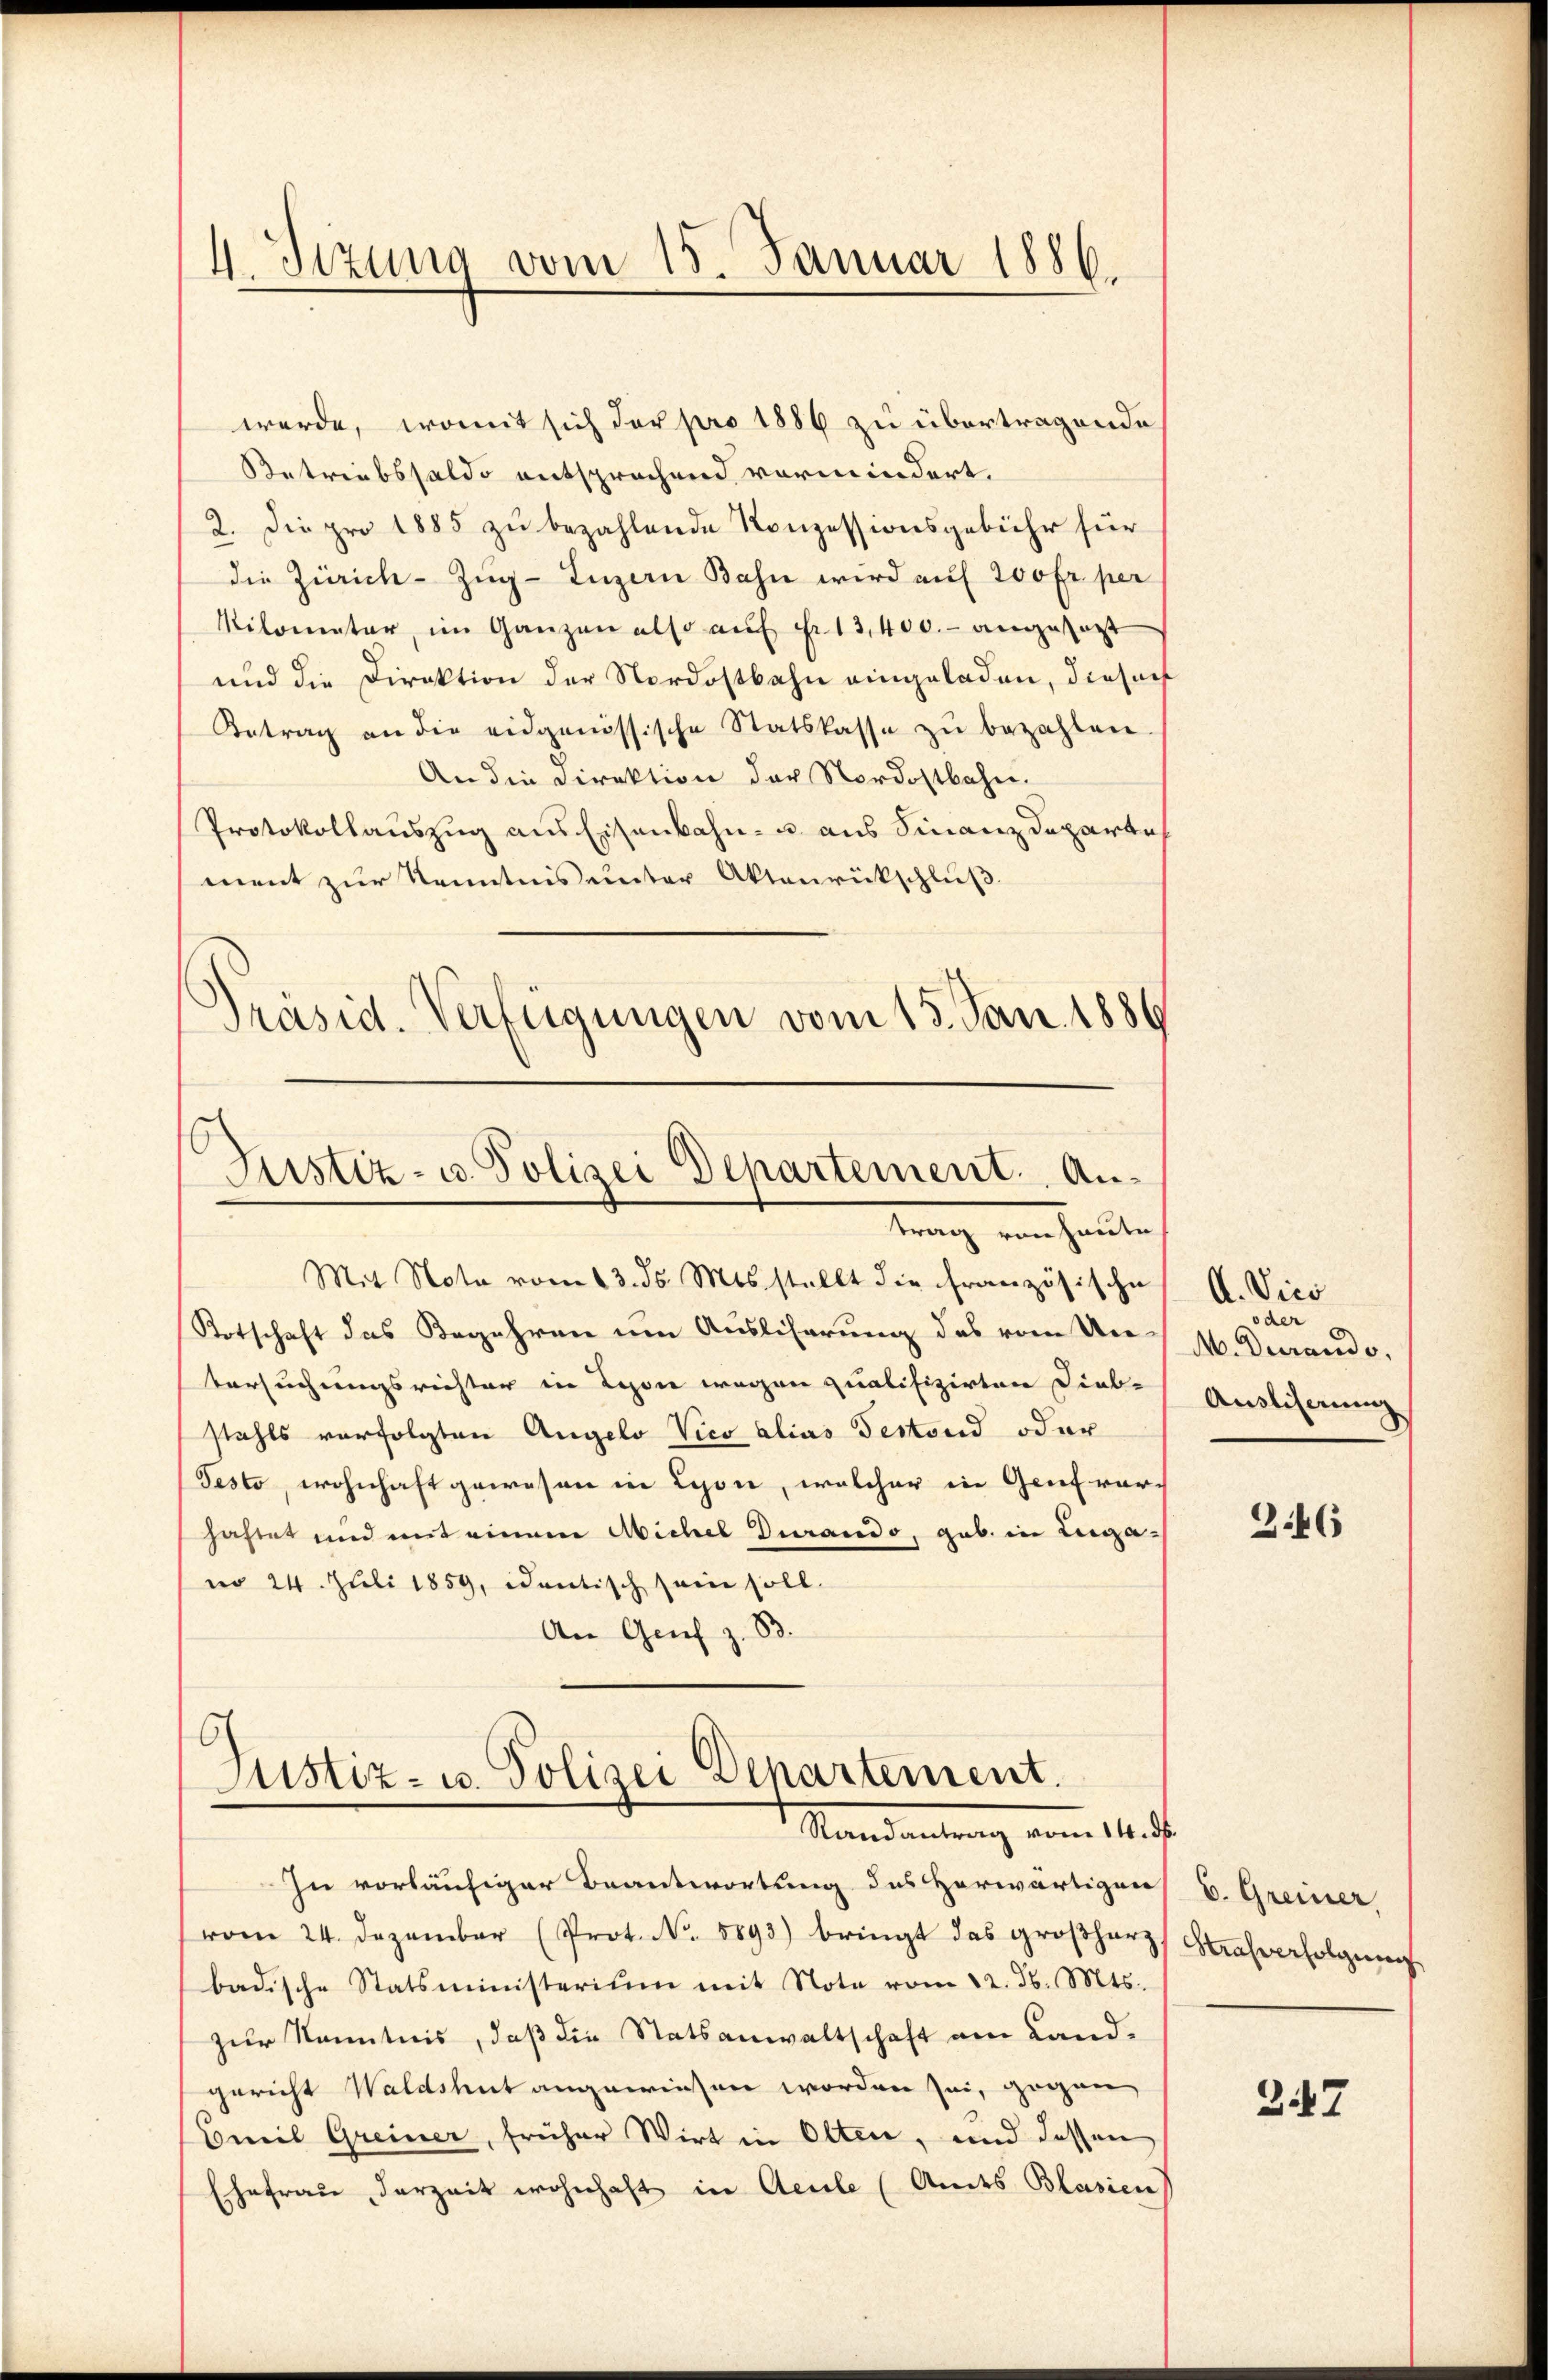
4. Sizung vom 15. Januar 1886.

werde, womit sich der pro 1886 zu übertragende
Betriebssaldo entsprechend vormindert.
2. Die pro 1885 zu bezahlende Konzessionsgebühr für
die Zürich–Zug–Luzern Bahn wird auf 200 fr. per
Kilometer, im Ganzen also auf Fr. 13,400.- angesagt
und die Direktion der Nordostbahn eingeladen, dieser
Betrag an die eidgenössische Statskasse zŭ bezahlen.
An die Direktion der Nordostbahn.
Protokollauszug aus Eisenbahn- u. aus Finanzdeparte
ment zur Kenntnis unter Aktenrückschluß.
Präsid. Verfügungen vom 15. Jan. 1886

Justiz- u. Polizei Departement. Antrang von halten
Mit Nota vom 13. ds. Mts. stellt die französische

Totschaft das Begehren um Ausliserung des vom Un-
Versuchungsrichter in Leon wegen qualifizirten Dieb-
stahls verfolgten Angelo Vico alias Testand oder
Festo, wohnhaft gewesen in Lyon, welcher in Genf vorhaftet und mit einem Michel durando, gab. in Legano 24. Juli 1859, ientisch sein soll.
An Genf z. B.

G
Justiz- u. Polizei Departement.
Mandantung vom 14. d.

In vorläufiger Beantwortung des Herwärtigen E. Greiner,
vom 24. Dezember (Prot. No. 1893) bringt das groβharz, Strafverfolgeren
badische Statsministerium mit Note vom 12. d. Mts.
zur Kenntnis, daß die Statsanwaltschaft am Landgericht Waldshut angewiesen worden sei, gegen
r
Emil Greiner, früher Wirt in Olten, und dessen
Ehefrau derzeit wohnhaft in Aeule (Andes Blasien

A. Vice
oder
M. Durando,
Ausliserung

246

347